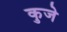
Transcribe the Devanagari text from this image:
कुजे